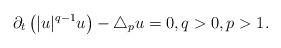
LaTeX: \begin{align*}\partial_t\left(|u|^{q-1}u\right)-\triangle_p u=0,q>0,p>1.\end{align*}